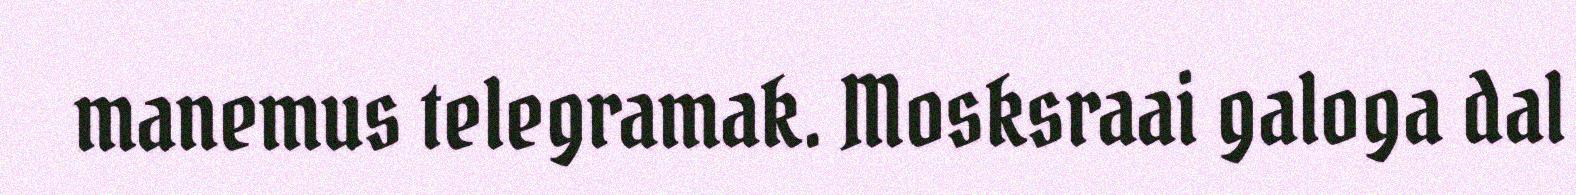
manemus telegramak. Mosksraai galoga dal